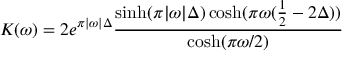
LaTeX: K ( \omega ) = 2 e ^ { \pi | \omega | \Delta } \frac { \sinh ( \pi | \omega | \Delta ) \cosh ( \pi \omega ( \frac { 1 } { 2 } - 2 \Delta ) ) } { \cosh ( \pi \omega / 2 ) }